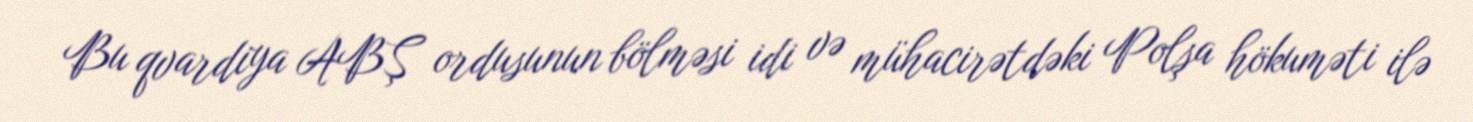
Bu qvardiya ABŞ ordusunun bölməsi idi və mühacirətdəki Polşa hökuməti ilə